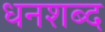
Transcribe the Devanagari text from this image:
धनशब्द